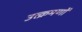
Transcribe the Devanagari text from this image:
उत्क्रमणों